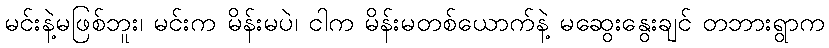
မင်းနဲ့မဖြစ်ဘူး၊ မင်းက မိန်းမပဲ၊ ငါက မိန်းမတစ်ယောက်နဲ့ မဆွေးနွေးချင် တဘားရွာက